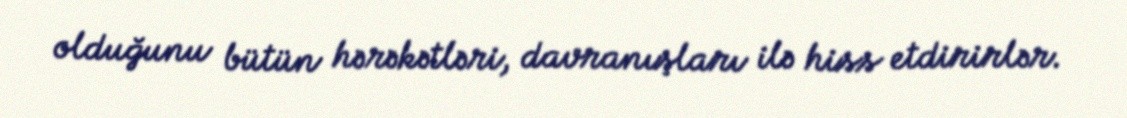
olduğunu bütün hərəkətləri, davranışları ilə hiss etdirirlər.